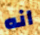
انه